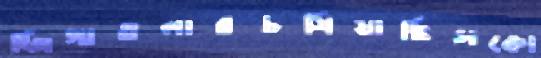
জিগাতলারচষিয়াছিসকো